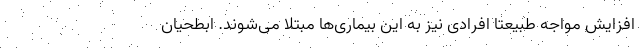
افزایش مواجه طبیعتا افرادی نیز به این بیماری‌ها مبتلا می‌شوند. ابطحیان